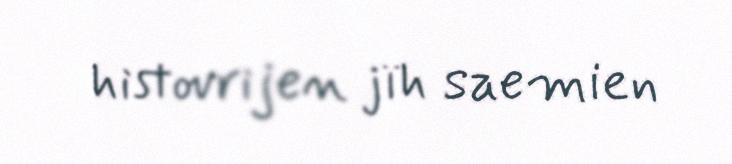
histovrijen jïh saemien